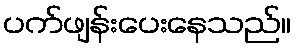
ပက်ဖျန်းပေးနေသည်။